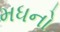
મધનો